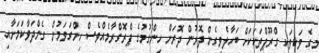
މީގެ ވަކިވަކި ގްރޫޕްތަކަކަށް ބަހާލެވިގެން ދޮރުން ދޮރަށް ހިންގުމުގެ ޕްރޮގްރާމެއްވެސް ހިންގަވަމުން ގެންދަވާކަމަށާއި